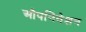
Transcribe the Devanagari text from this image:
औपनिवेशन